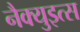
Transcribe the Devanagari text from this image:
नैक्युइत्स